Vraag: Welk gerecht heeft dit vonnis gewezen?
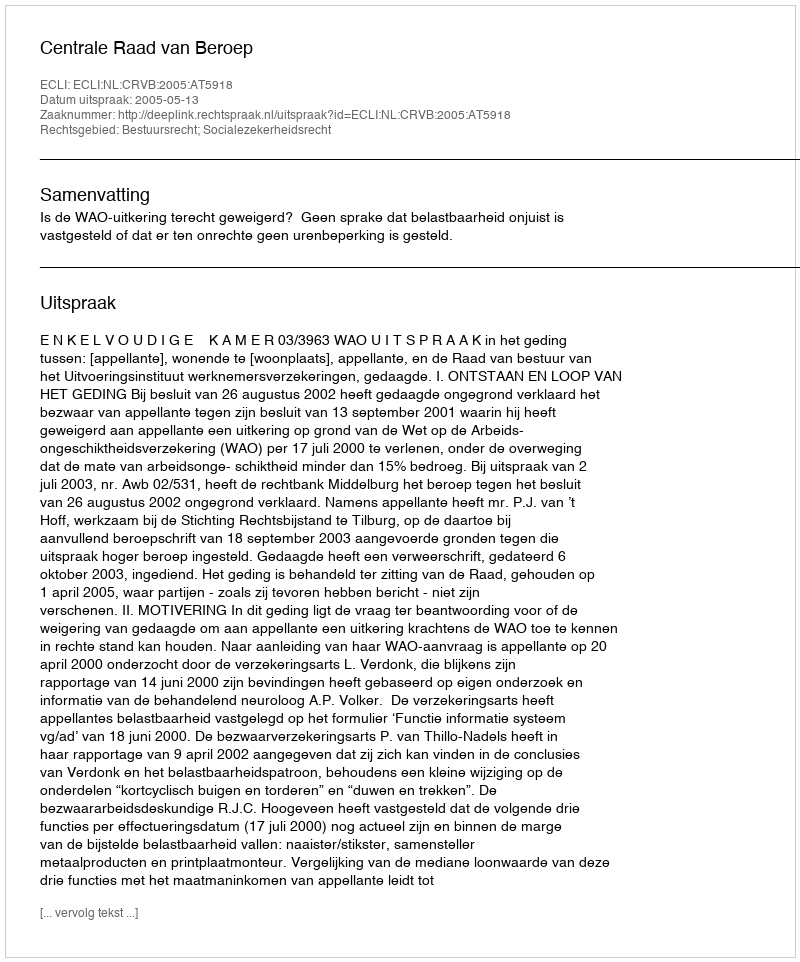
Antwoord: Centrale Raad van Beroep